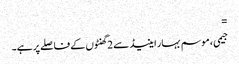
=
جیمی ، موسم بہار اینیڈ سے 2 گھنٹوں کے فاصلے پر ہے۔